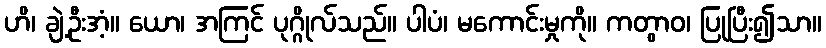
ဟိ၊ ချဲ့ဦးအံ့။ ယော၊ အကြင် ပုဂ္ဂိုလ်သည်။ ပါပံ၊ မကောင်းမှုကို။ ကတွာဝ၊ ပြုပြီး၍သာ။